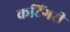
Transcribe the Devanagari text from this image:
कटिंगरी